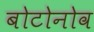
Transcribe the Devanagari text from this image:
बोटोनोव